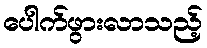
ပေါက်ဖွားလာသည့်